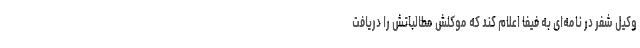
وکیل شفر در نامه‌ای به فیفا اعلام کند که موکلش مطالباتش را دریافت